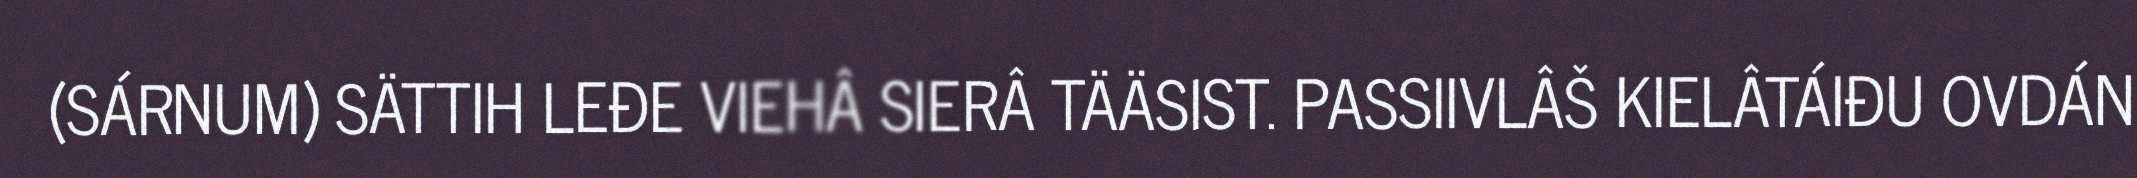
(SÁRNUM) SÄTTIH LEĐE VIEHÂ SIERÂ TÄÄSIST. PASSIIVLÂŠ KIELÂTÁIĐU OVDÁN